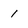
Character: 1